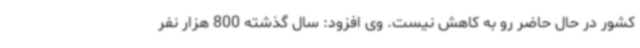
کشور در حال حاضر رو به کاهش نیست. وی افزود: سال گذشته 800 هزار نفر